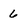
Character: 6